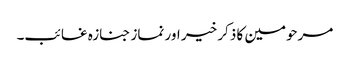
مرحومین کا ذکر خیر اور نماز جنازہ غائب۔